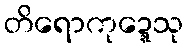
တိရောကုဍ္ဍေသု